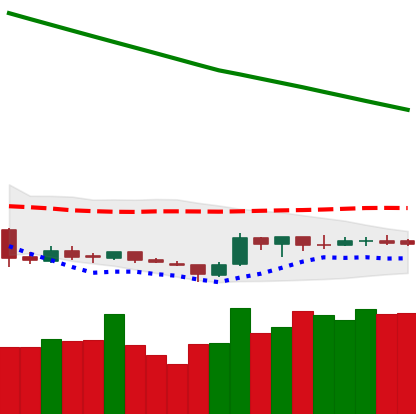
Ticker: ETC-USD
Chart end date: 2019-02-16
Forward return: 10.126%
Label: up_7plus